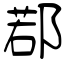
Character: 鄀